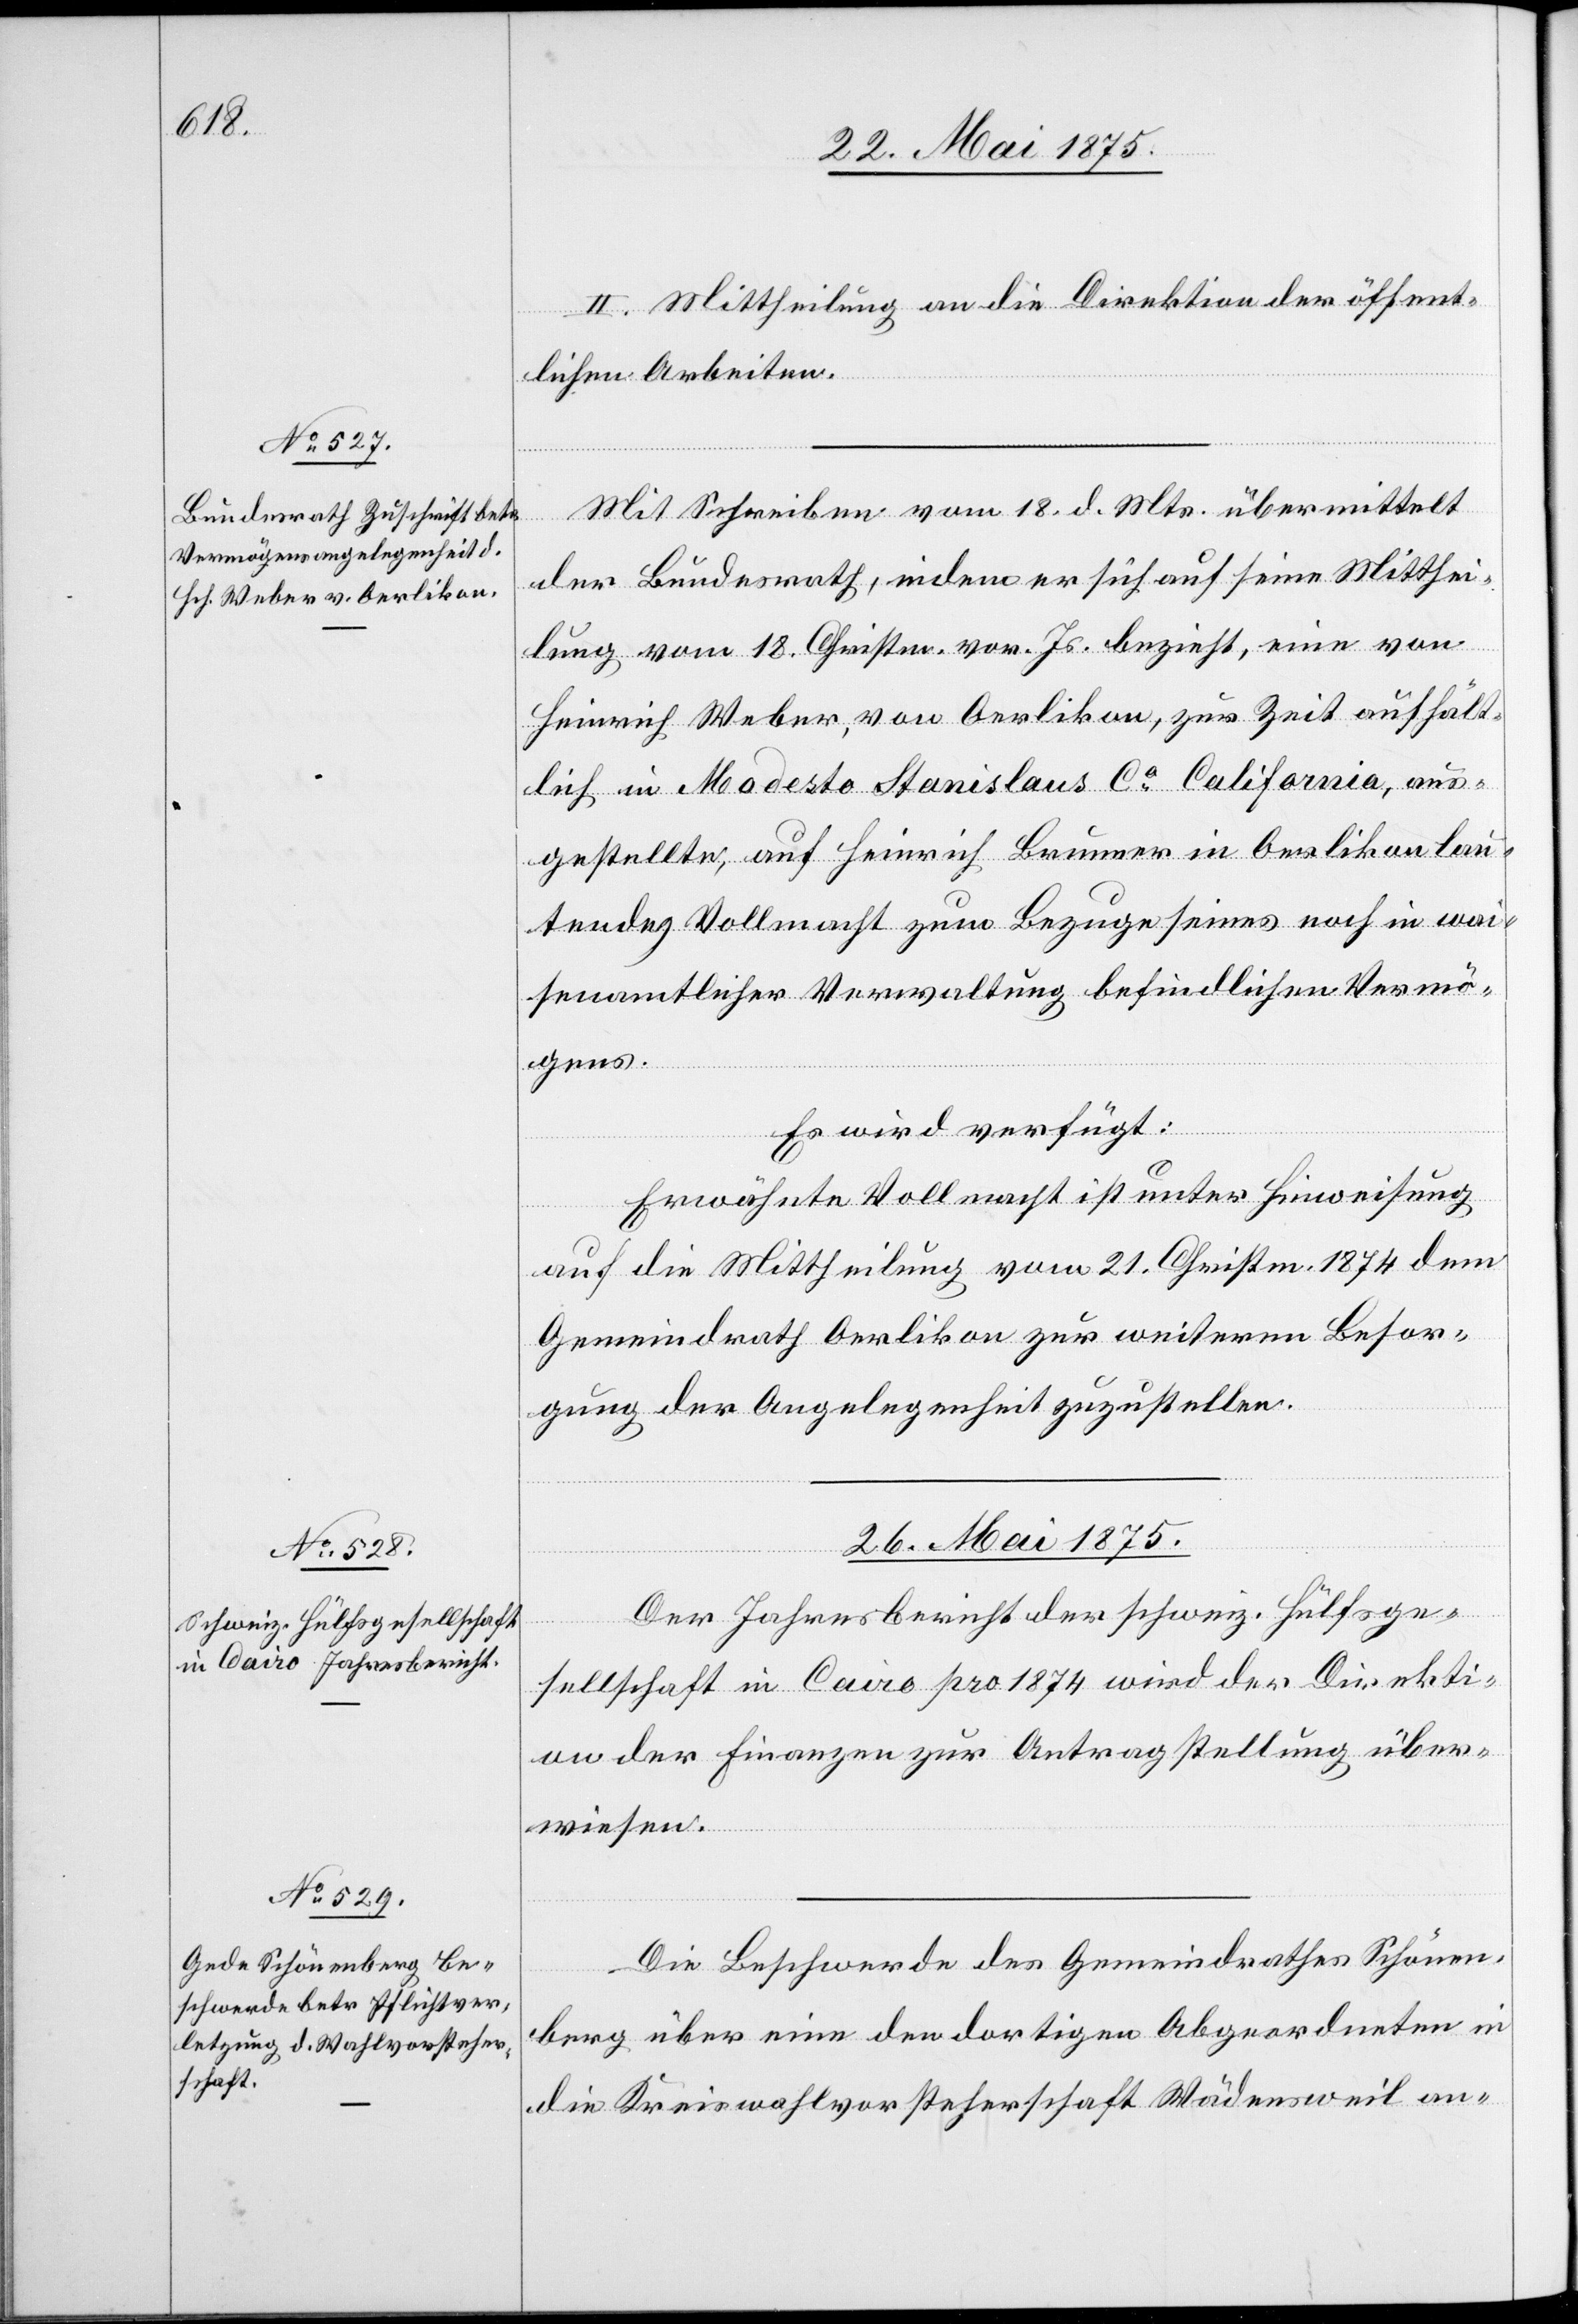
24. Mai 1875.]
II. Mittheilung an die Direktion der öffent¬
lichen Arbeiten.
Mit Schreiben vom 18. d. Mts. übermittelt
der Bundesrath, indem er sich auf seine Mitthei¬
lung vom 18. Christm. vor. Js. bezieht, eine von
Heinrich Weber, von Oerlikon, zur Zeit aufhält¬
lich in Modesto Stanislaus Co California, aus¬
gestellte, auf Heinrich Brunner in Oerlikon lau¬
tenden Vollmacht zum Bezuge seines noch in wai¬
senamtlicher Verwaltung befindlichen Vermö¬
gens.
Es wird verfügt:
Erwähnte Vollmacht ist unter Hinweisung
auf die Mittheilung vom 21. Christm. 1874 dem
Gemeindrath Oerlikon zur weitern Besor¬
gung der Angelegenheit zuzustellen.
26. Mai 1875.]
Der Jahresbericht der schweiz. Hülfsge¬
sellschaft in Cairo pro 1874 wird der Direkti¬
on der Finanzen zur Antragstellung über¬
wiesen.
Die Beschwerde des Gemeindrathes Schönen¬
berg über eine den dortigen Abgeordneten in
die Kreisvorsteherschaft Wädensweil an-